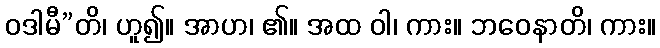
ဝဒါမီ”တိ၊ ဟူ၍။ အာဟ၊ ၏။ အထ ဝါ၊ ကား။ ဘဝေနာတိ၊ ကား။